Annual administration report of the Civil Veterinary Department of India - 1893-1894
Year: 1893
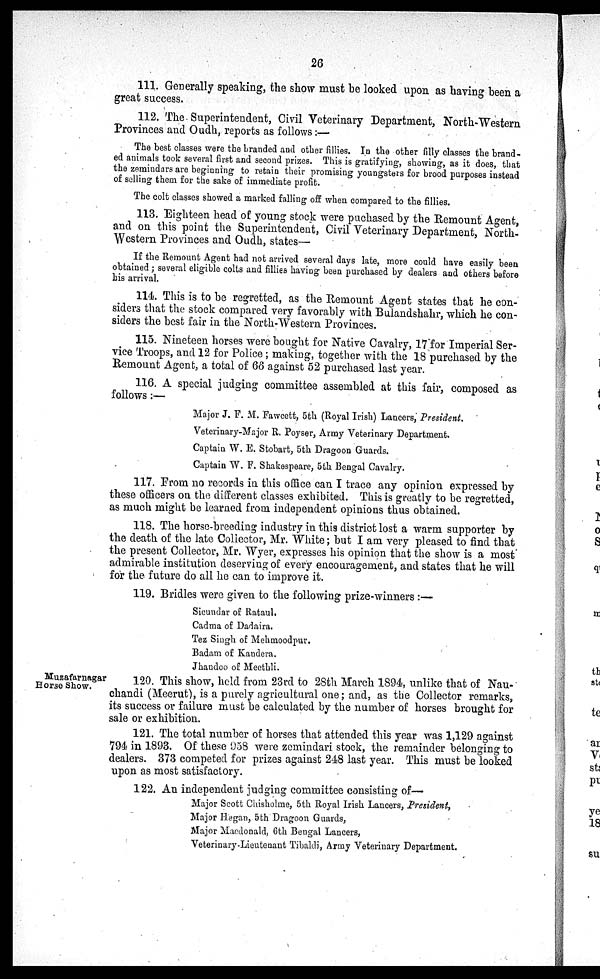
26
111. Generally speaking, the show must be looked upon as having been a
great success.
112. The Superintendent, Civil Veterinary Department, North-Western
Provinces and Oudh, reports as follows:—
The best classes were the branded and other fillies. In the other filly classes the brand-
ed animals took several first and second prizes. This is gratifying, showing, as it does, that
the zemindars are beginning to retain their promising youngsters for brood purposes instead
of selling them for the sake of immediate profit.
The colt classes showed a marked falling off when compared to the fillies.
113. Eighteen head of young stock were puchased by the Remount Agent,
and on this point the Superintendent, Civil Veterinary Department, North-
Western Provinces and Oudh, states—
If the Remount Agent had not arrived several days late, more could have easily been
obtained; several eligible colts and fillies having been purchased by dealers and others before
his arrival.
114. This is to be regretted, as the Remount Agent states that he con-
siders that the stock compared very favorably with Bulandshahr, which he con-
siders the best fair in the North-Western Provinces.
115. Nineteen horses were bought for Native Cavalry, 17 for Imperial Ser-
vice Troops, and 12 for Police; making, together with the 18 purchased by the
Remount Agent, a total of 66 against 52 purchased last year.
116. A special judging committee assembled at this fair, composed as
follows:—
Major J. F. M. Faweett, 5th (Royal Irish) Lancers, President.
Veterinary-Major R. Poyser, Army Veterinary Department.
Captain W. E. Stobart, 5th Dragoon Guards.
Captain W. F. Shakespeare, 5th Bengal Cavalry.
117. From no records in this office can I trace any opinion expressed by
these officers on the different classes exhibited. This is gueatly to be regretted,
as much might be learned from independent opinions thus obtained.
118. The horse-breeding industry in this district lost a warm supporter by
the death of the late Collector, Mr. White; but I am very pleased to find that
the present Collector, Mr. Wyer, expresses his opinion that the show is a most
admirable institution deserving of every encouragement, and states that he will
for the future do all he can to improve it.
119. Bridles were given to the following prize-winners:—
Sicundar of Rataul.
Cadma of Dadaira.
Tez Singh of Mehmoodpur.
Badam of Kandera.
Jhandoo of Meethli.
Muzafarnagar
Horse Show.
120. This show, held from 23rd to 28th March 1894, unlike that of Nau-
chandi (Meerut), is a purely agricultural one; and, as the Collector remarks,
its success or failure must be calculated by the number of horses brought for
sale or exhibition.
121. The total number of horses that attended this year was 1,129 against
794 in 1893. Of these 958 were zemindari stock, the remainder belonging to
dealers. 373 competed for prizes against 248 last year. This must be looked
upon as most satisfactory.
122. An independent judging committee consisting of—
Major Scott Chisholme, 5th Royal Irish Lancers, President,
Major Hegan, 5th Dragoon Guards,
Major Macdonald, 6th Bengal Lancers,
Veterinary-Lieutenant Tibaldi, Army Veterinary Department.